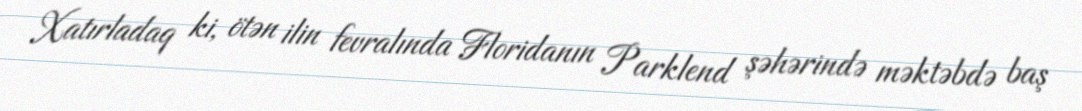
Xatırladaq ki, ötən ilin fevralında Floridanın Parklend şəhərində məktəbdə baş